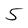
Character: 5